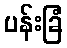
ပန်းခြံ